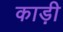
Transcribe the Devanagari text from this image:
काड़ी